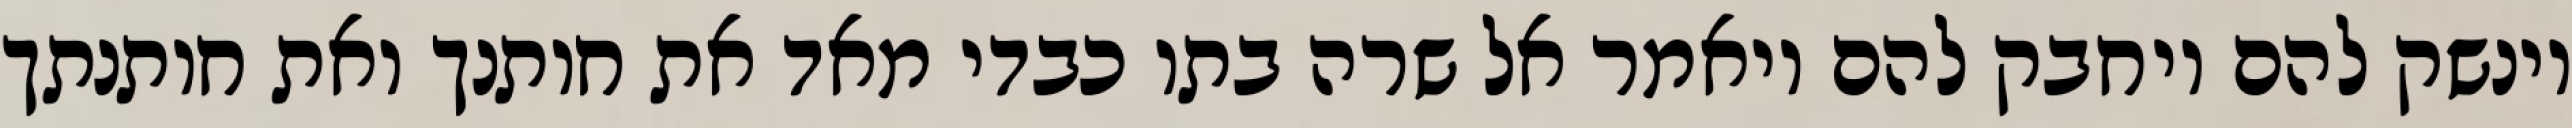
וינשק להם ויחבק להם ויאמר אל שרה בתו כבדי מאד את חותנך ואת חותנתך